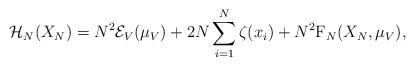
LaTeX: \begin{align*} \mathcal{H}_{N}(X_{N}) = N^{2} \mathcal{E}_{V}(\mu_{V}) + 2N \sum_{i=1}^{N} \zeta(x_{i}) + N^{2} {\rm F}_{N}(X_{N}, \mu_{V}) ,\end{align*}